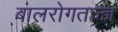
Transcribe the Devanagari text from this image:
बालरोगतज्‍ज्ञ